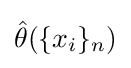
{\hat {\theta }}(\{x_{i}\}_{n})